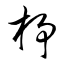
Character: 杼